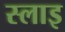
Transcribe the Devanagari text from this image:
स्लाइ